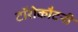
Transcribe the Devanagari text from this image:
टॉरोकौटनी